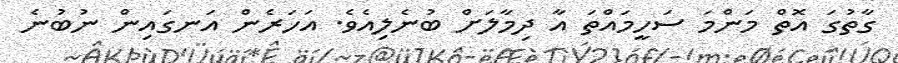
ގާތުގަ އޮތް މަންމަ ސަހީމައްތަ އާ ދިމާލަށް ބުނެލިއެވެ. އަހަރެން އަނގައިން ނުބުނެ